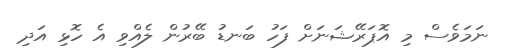
ނަމަވެސް މި އޮޕަރޭޝަނަށް ފަހު ބަނޑު ބޭރުން ލެއްވި އެ ހޮޅި އަދި